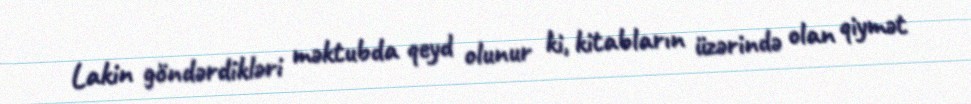
Lakin göndərdikləri məktubda qeyd olunur ki, kitabların üzərində olan qiymət